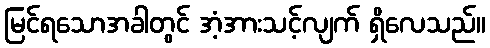
မြင်ရသောအခါတွင် အံ့အားသင့်လျက် ရှိလေသည်။